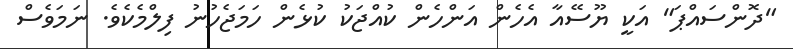
"ދޮންސައްޕަ" އަކީ ޔޫސޭއާ އެހެން އަންހެން ކުއްޖަކު ކުޅެން ހަމަޖެހުނު ފިލްމެކެވެ. ނަމަވެސް